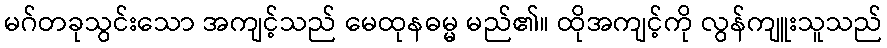
မဂ်တခုသွင်းသော အကျင့်သည် မေထုနဓမ္မ မည်၏။ ထိုအကျင့်ကို လွန်ကျူးသူသည်